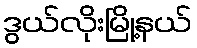
ဒွယ်လိုးမြို့နယ်